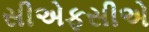
સીએફસીએ